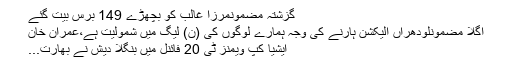
گزشتہ مضمونمرزا غالب کو بچھڑے 149 برس بیت گئے
اگلا مضمونلودھراں الیکشن ہارنے کی وجہ ہمارے لوگوں کی (ن) لیگ میں شمولیت ہے،عمران خان
ایشیا کپ ویمنز ٹی 20 فائنل میں بنگلا دیش نے بھارت...